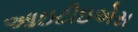
આઇટીઇએસ